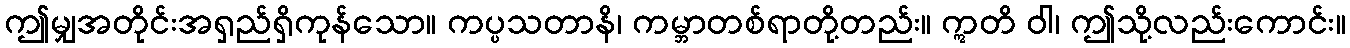
ဤမျှအတိုင်းအရှည်ရှိကုန်သော။ ကပ္ပသတာနိ၊ ကမ္ဘာတစ်ရာတို့တည်း။ ဣတိ ဝါ၊ ဤသို့လည်းကောင်း။